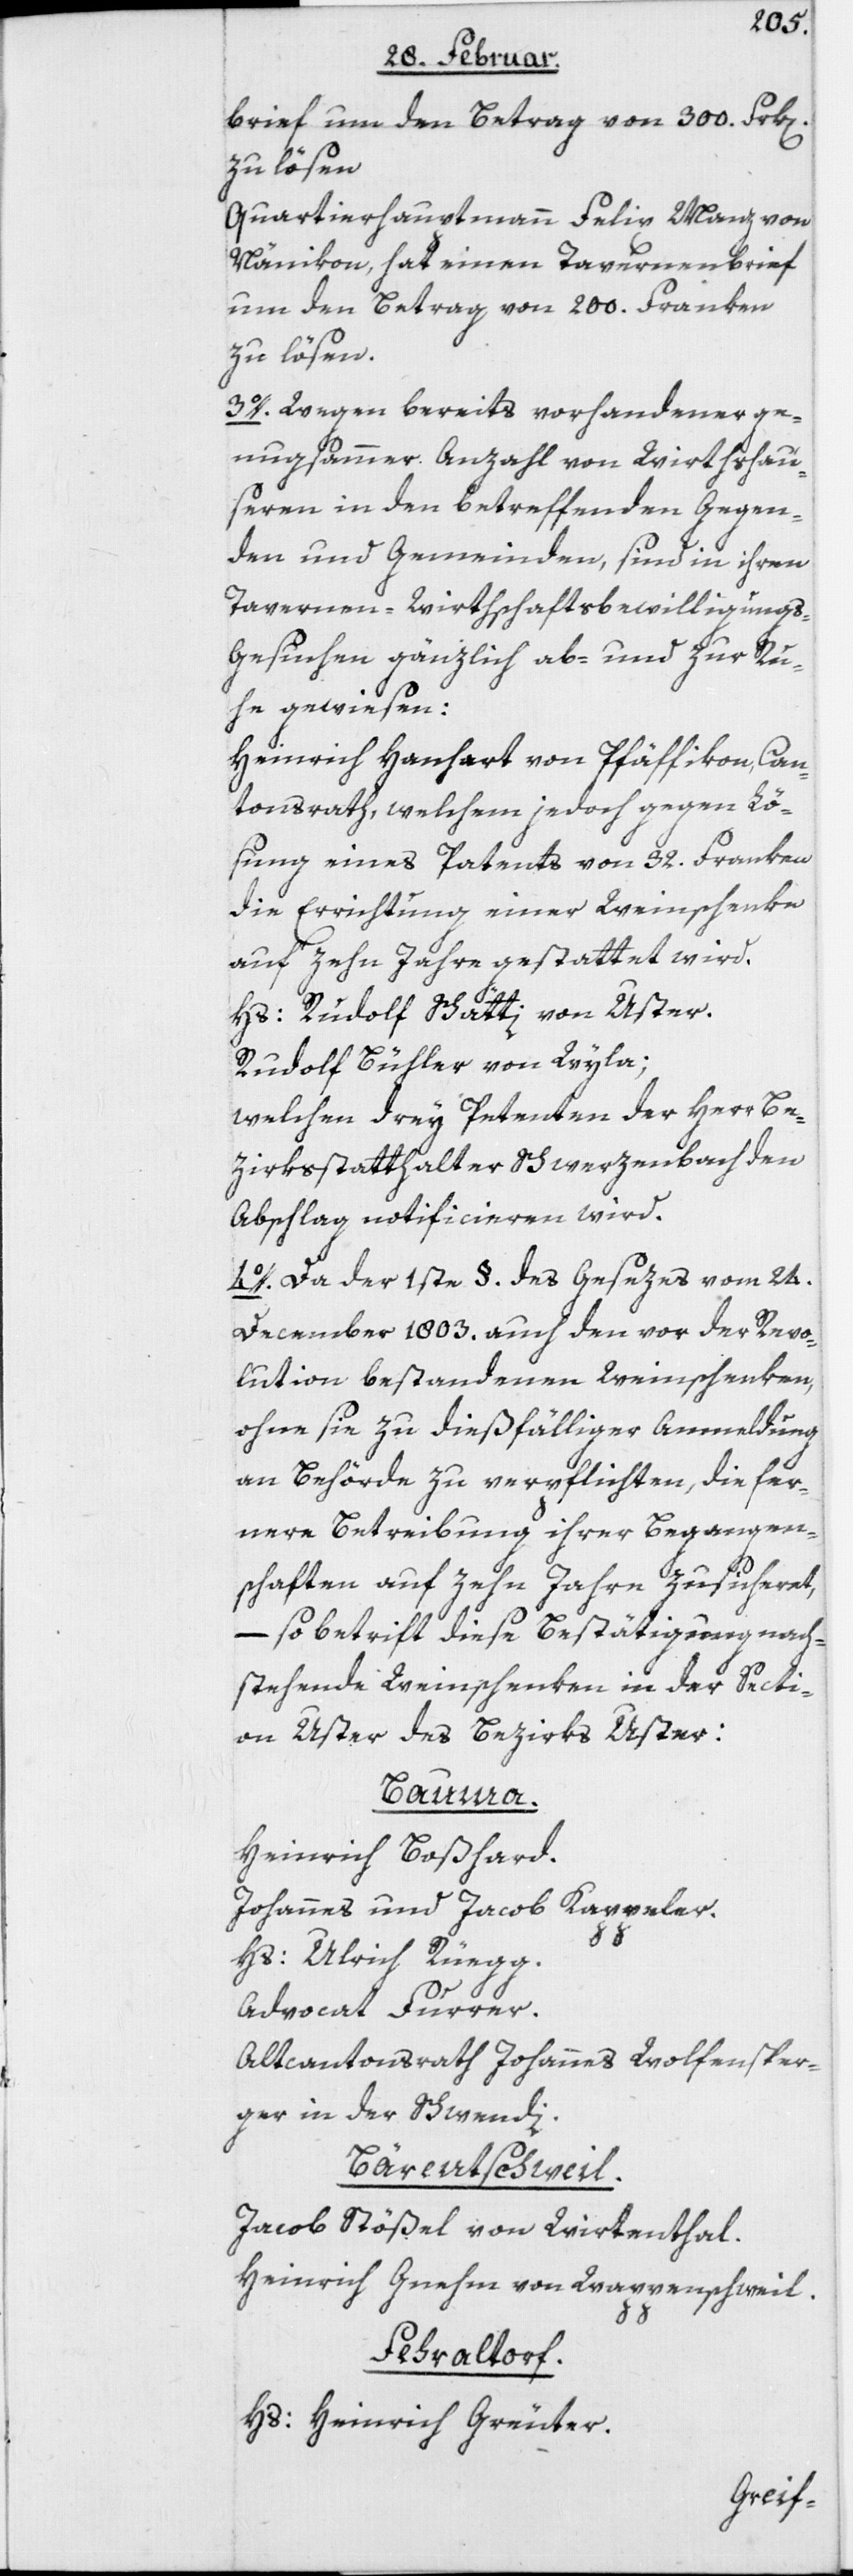
brief um den Betrag von 300. Frk[en]
zu lösen.
Quartierhauptmann Felix Manz von
Nänikon hat einen Tavernenbrief
um den Betrag von 200. Franken
zu lösen.
3o. Wegen bereits vorhandener ge¬
nugsammer Anzahl von Wirthshäu¬
seren in den betreffenden Gegen¬
den und Gemeinden, sind in ihren
Tavernen-Wirthschaftsbewilligungs-G¬
esuchen gänzlich ab- und zur Ru¬
he gewiesen:
Heinrich Hanhart von Pfäffikon, Can¬
tonsrath, welchem jedoch gegen Lö¬
sung eines Patents von 32. Franken
die Errichtung einer Weinschenke
auf zehn Jahre gestattet wird.
Hs: Rudolf Schätti von Uster.
Rudolf Bühler von Wyla;
welchen drey Petenten der Herr Be¬
zirksstatthalter Schwerzenbach den
Abschlag notificieren wird.
4o. Da der 1ste §. des Gesezes vom 24.
December 1803. auch den vor der Revo¬
lution bestandenen Weinschenken,
ohne sie zu dießfälliger Anmeldung
an Behörde zu verpflichten, die fer¬
nere Betreibung ihrer Begangen¬
schaften auf zehn Jahre zusicheret,
– so betrift diese Bestätigung nach¬
stehende Weinschenken in der Secti¬
on Uster des Bezirks Uster:
Bauma.
Heinrich Boßhard.
Johannes und Jacob Kappeler.
Hs: Ulrich Rüegg.
Advocat Furrer.
Altcantonsrath Johannes Wolfensper¬
ger in der Schwendi.
Bärentschweil.
Jacob Stößel von Wirtenthal.
Heinrich Gnehm von Wappenschweil.
Fehraltorf.
Hs: Heinrich Greuter.